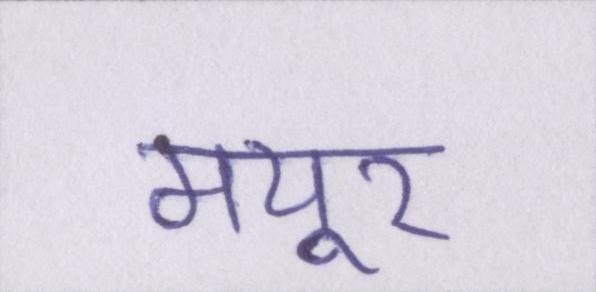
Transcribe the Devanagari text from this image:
मयूर